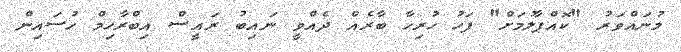
މުނައްވަރު "ކޮއްޕާލުމަށް" ފަހު ހުރިހާ ބާރެއް ދެއްވީ ނައިބު ރައީސް އިބްރާހިމް ހުސައިން